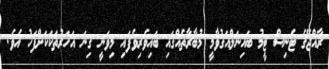
ރާއްޖޭގެ ޓެނިސް ޓީމު ބައިނަލްއަގުވާމީ މުބާރާތެއްގައި ބައިވެރިވެފައި މިވަނީ ގިނަ އަހަރުތަކަކަށްފަހު އެވެ.